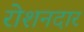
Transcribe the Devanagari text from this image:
रोशनदार